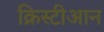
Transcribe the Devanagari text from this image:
क्रिस्टीआन